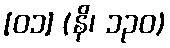
[၀၁] (နိ၊ ၁၃၀)